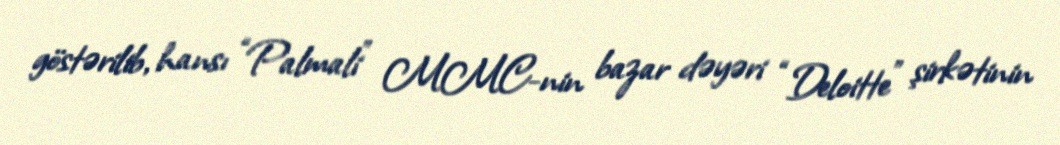
göstərilib, hansı “Palmali” MMC-nin bazar dəyəri “Deloitte” şirkətinin